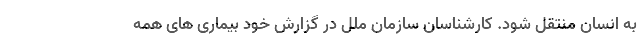
به انسان منتقل شود. کارشناسان سازمان ملل در گزارش خود بیماری های همه